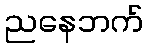
ညနေဘက်